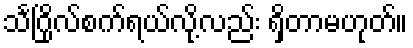
သင်္ဂြိုလ်စက်ရယ်လို့လည်း ရှိတာမဟုတ်။